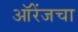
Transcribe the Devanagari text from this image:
ऑरेंजचा